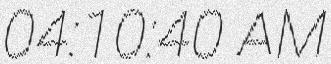
04:10:40 AM